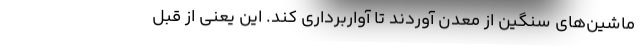
ماشین‌های سنگین از معدن آوردند تا آواربرداری کند. این یعنی از قبل